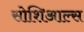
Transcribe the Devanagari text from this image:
सोशिआल्स